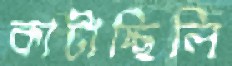
কাটাচ্ছিলি